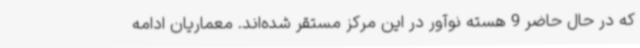
که در حال حاضر 9 هسته نوآور در این مرکز مستقر شده‌اند. معماریان ادامه